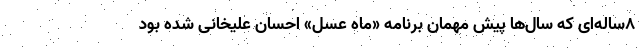
۸ساله‌ای که سال‌ها پیش مهمان برنامه «ماه عسل» احسان علیخانی شده بود